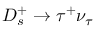
D _ { s } ^ { + } \to \tau ^ { + } \nu _ { \tau }